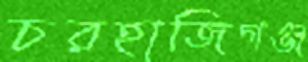
চরহাজিগঞ্জ